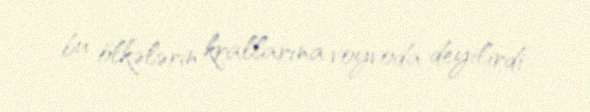
bu ölkələrin krallarına voyvoda deyilirdi.